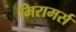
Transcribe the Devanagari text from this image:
मिरामर्स